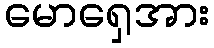
မောရှေအား